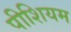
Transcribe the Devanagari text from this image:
पीशियम